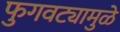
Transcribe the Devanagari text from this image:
फुगवट्यामुळे